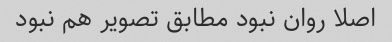
اصلا روان نبود مطابق تصویر هم نبود